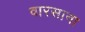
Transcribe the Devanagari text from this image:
वारसाना